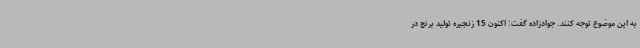
به این موضوع توجه کنند. جوادزاده گفت: اکنون 15 زنجیره تولید برنج در